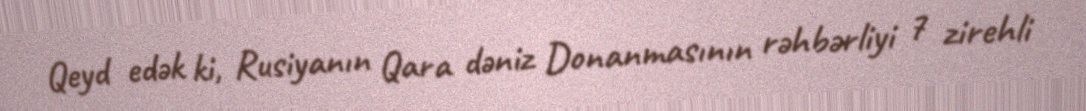
Qeyd edək ki, Rusiyanın Qara dəniz Donanmasının rəhbərliyi 7 zirehli